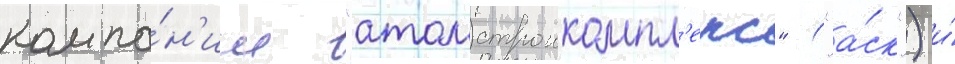
компа́н'ии "атомстроикомпл'екс" ("а́ск") и́